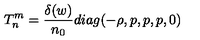
T _ { n } ^ { m } = \frac { \delta ( w ) } { n _ { 0 } } d i a g ( - \rho , p , p , p , 0 )